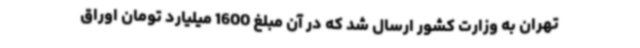
تهران به وزارت کشور ارسال شد که در آن مبلغ 1600 میلیارد تومان اوراق